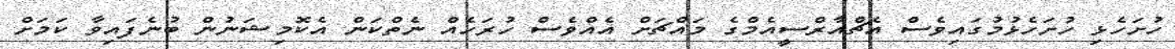
ހުށަހެޅި ހުުށަހެޅުމުގައިވެސް އެޗްއާރްސީއެމްގެ މައްޗަށް އެއްވެސް ހުރަހެއް ނެތްކަން އެކޮމިޝަނުން ބުނެފައިވާ ކަމަށް